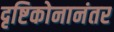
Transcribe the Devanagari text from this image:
दृष्टिकोनानंतर